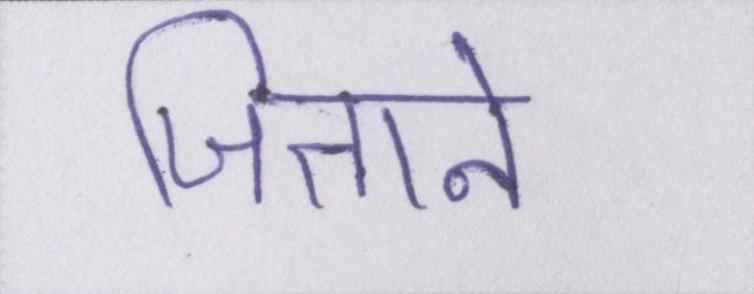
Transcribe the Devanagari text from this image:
जिताने